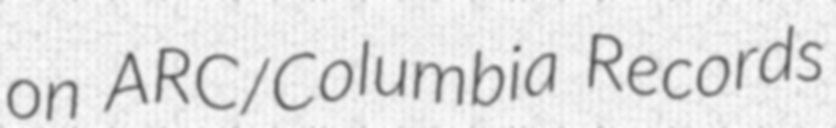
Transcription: on ARC/Columbia Records